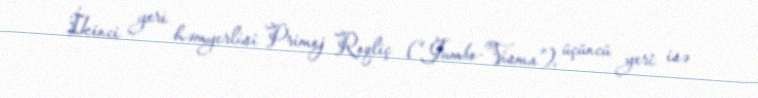
İkinci yeri həmyerlisi Primoj Roqliç (“Jumbo-Visma”), üçüncü yeri isə